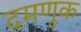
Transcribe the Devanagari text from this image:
दमणूक